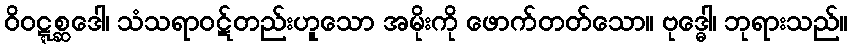
ဝိဝဋ္ဋစ္ဆဒေါ၊ သံသရာဝဋ်တည်းဟူသော အမိုးကို ဖောက်တတ်သော။ ဗုဒ္ဓေါ၊ ဘုရားသည်။